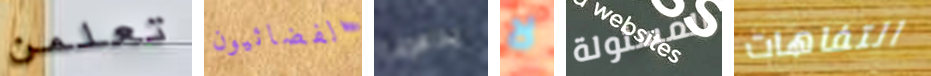
تعلمن الفضائيون يداهمنا لا المسئولة التفاهات